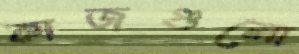
কাজগুলো